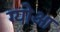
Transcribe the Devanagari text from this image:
ग्योआ